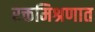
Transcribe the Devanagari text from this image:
रक्तमिश्रणात